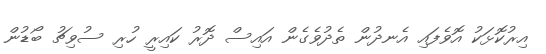
އިރުކޮޅަކު އޮވެފައި އެނދުން ތެދުވެގެން އައިސް ދޮރު ކައިރީ ހުރި ސުވިޗު ބޯޑުން